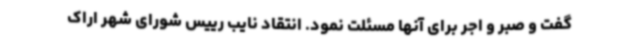
گفت و صبر و اجر برای آنها مسئلت نمود. انتقاد نایب رییس شورای شهر اراک